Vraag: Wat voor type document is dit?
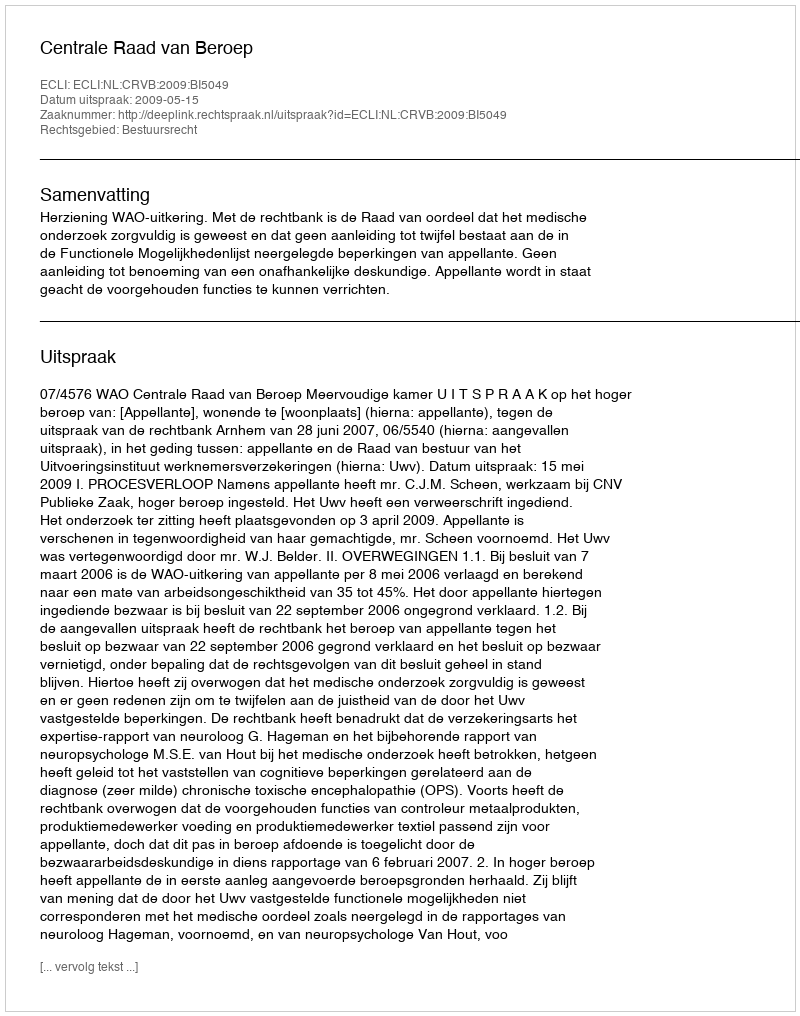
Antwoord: Uitspraak